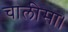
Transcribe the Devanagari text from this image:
चालीसा।